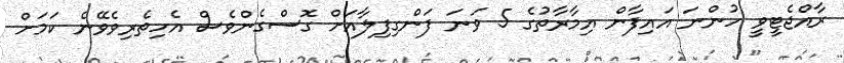
ރާއްޖެޓީވީ ހުންނަ އައިފާން އިމާރާތުގެ 5 ވަނަ ފަންގިފިލާއަށް ގޮސްގެންވެސް އެހިތެރިވެވޭނެ ކަމަށް